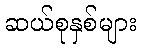
ဆယ်စုနှစ်များ